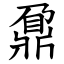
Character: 鼐